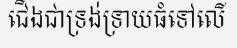
ជើងជាទ្រង់ទ្រាយធំទៅលើ